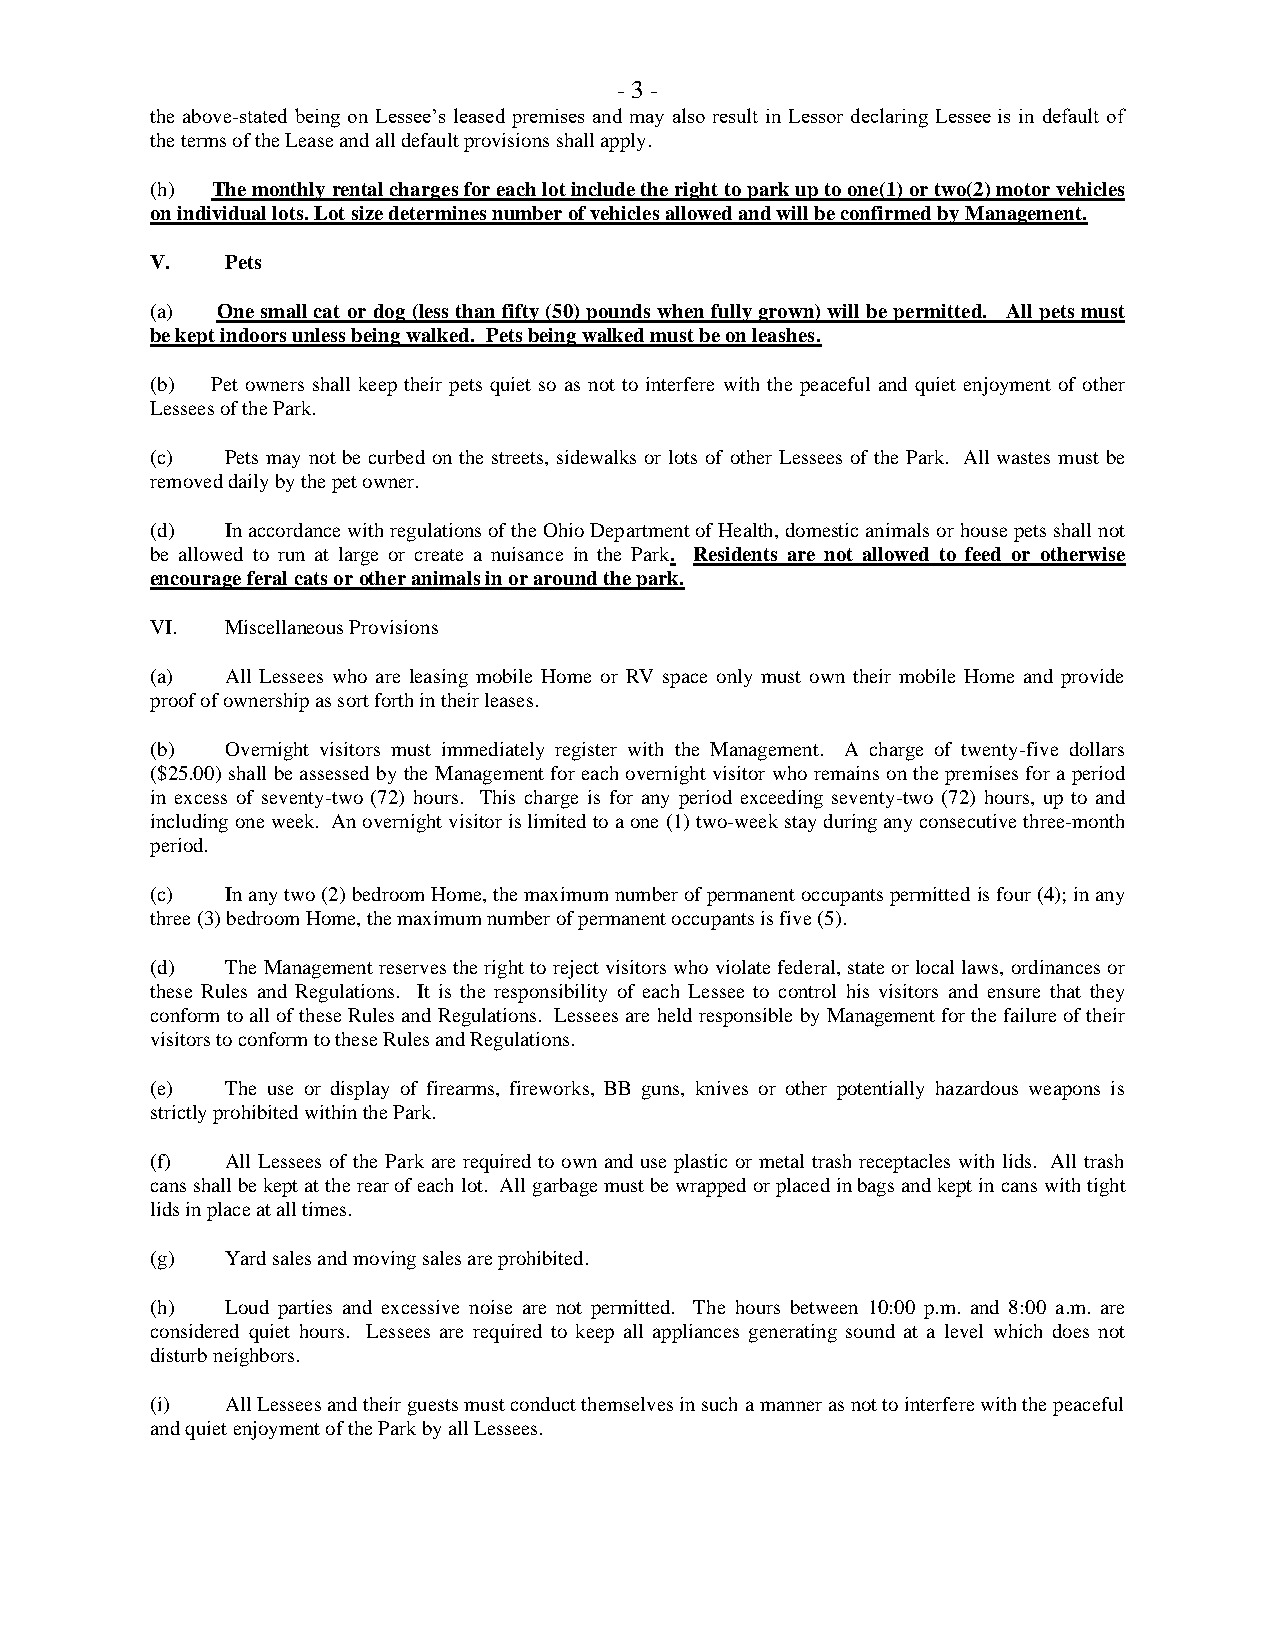
- 3 -
 the above-stated being on Lessee’s leased premises and may also result in Lessor declaring Lessee is in default of
 the terms of the Lease and all default provisions shall apply.
 (h) The monthly rental charges for each lot include the right to park up to one(1) or two(2) motor vehicles
 on individual lots. Lot size determines number of vehicles allowed and will be confirmed by Management.
 V.   Pets
 (a) One small cat or dog (less than fifty (50) pounds when fully grown) will be permitted. All pets must
 be kept indoors unless being walked. Pets being walked must be on leashes.
 (b) Pet owners shall keep their pets quiet so as not to interfere with the peaceful and quiet enjoyment of other
 Lessees of the Park.
 (c)  Pets may not be curbed on the streets, sidewalks or lots of other Lessees of the Park. All wastes must be
 removed daily by the pet owner.
 (d)  In accordance with regulations of the Ohio Department of Health, domestic animals or house pets shall not
 be allowed to run at large or create a nuisance in the Park. Residents are not allowed to feed or otherwise
 encourage feral cats or other animals in or around the park.
 VI.  Miscellaneous Provisions
 (a)  All Lessees who are leasing mobile Home or RV space only must own their mobile Home and provide
 proof of ownership as sort forth in their leases.
 (b)  Overnight visitors must immediately register with the Management. A charge of twenty-five dollars
 ($25.00) shall be assessed by the Management for each overnight visitor who remains on the premises for a period
 in excess of seventy-two (72) hours. This charge is for any period exceeding seventy-two (72) hours, up to and
 including one week. An overnight visitor is limited to a one (1) two-week stay during any consecutive three-month
 period.
 (c)  In any two (2) bedroom Home, the maximum number of permanent occupants permitted is four (4); in any
 three (3) bedroom Home, the maximum number of permanent occupants is five (5).
 (d)  The Management reserves the right to reject visitors who violate federal, state or local laws, ordinances or
 these Rules and Regulations. It is the responsibility of each Lessee to control his visitors and ensure that they
 conform to all of these Rules and Regulations. Lessees are held responsible by Management for the failure of their
 visitors to conform to these Rules and Regulations.
 (e)  The use or display of firearms, fireworks, BB guns, knives or other potentially hazardous weapons is
 strictly prohibited within the Park.
 (f)  All Lessees of the Park are required to own and use plastic or metal trash receptacles with lids. All trash
 cans shall be kept at the rear of each lot. All garbage must be wrapped or placed in bags and kept in cans with tight
 lids in place at all times.
 (g)  Yard sales and moving sales are prohibited.
 (h)  Loud parties and excessive noise are not permitted. The hours between 10:00 p.m. and 8:00 a.m. are
 considered quiet hours. Lessees are required to keep all appliances generating sound at a level which does not
 disturb neighbors.
 (i)  All Lessees and their guests must conduct themselves in such a manner as not to interfere with the peaceful
 and quiet enjoyment of the Park by all Lessees.